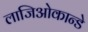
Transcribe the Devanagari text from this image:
लाजिओकान्डे